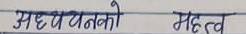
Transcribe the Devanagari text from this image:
अध्ययनको महत्व